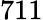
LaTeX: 711